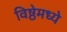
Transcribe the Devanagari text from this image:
विष्ठेमध्ये